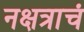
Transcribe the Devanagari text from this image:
नक्षत्राचं